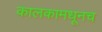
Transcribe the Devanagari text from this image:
कालकामधूनच